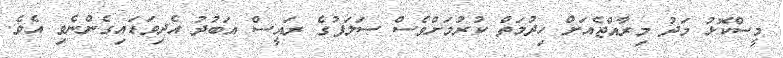
މީސްކޮޅު މަދު މިރާއްޖެއަށް ހިދުމަތް ކުރުމަށްވެސް ސަލަފުގެ ރައީސް އަބުދު އެދިވަޑައިގެންނެވި އެވެ.